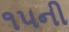
૧૫ની